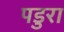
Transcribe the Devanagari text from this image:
पडुरा